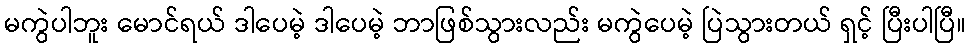
မကွဲပါဘူး မောင်ရယ် ဒါပေမဲ့ ဒါပေမဲ့ ဘာဖြစ်သွားလည်း မကွဲပေမဲ့ ပြဲသွားတယ် ရှင့် ပြီးပါပြီ။